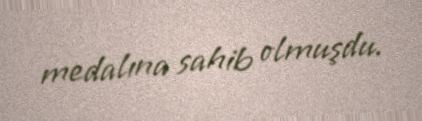
medalına sahib olmuşdu.